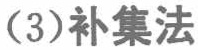
(3)补集法